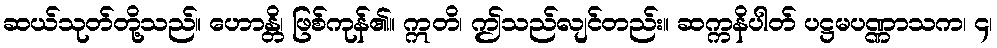
ဆယ်သုတ်တို့သည်။ ဟောန္တိ၊ ဖြစ်ကုန်၏။ ဣတိ၊ ဤသည်လျင်တည်း။ ဆက္ကနိပါတ် ပဋ္ဌမပဏ္ဏာသက၊ ၄၊